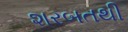
શરબતથી